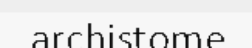
archistome